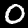
Digit: 0